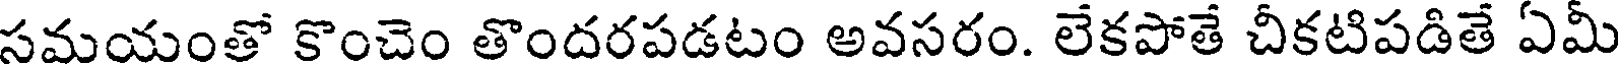
సమయంతో కొంచెం తొందరపడటం అవసరం. లేకపోతే చీకటిపడితే ఏమీ